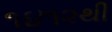
૧૪૧૨થી